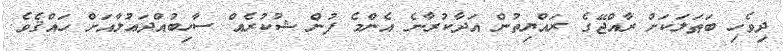
ދިވެހި ބަޠަލަކަށް ރާއްޖޭގެ ރައްޔިތުން އަދާކުރާނެ އެންމެ ފުން ޝުކުރެއް ސާހިބުއްދަޢުލާއަށް ހައްޤެވެ.